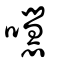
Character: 嚖